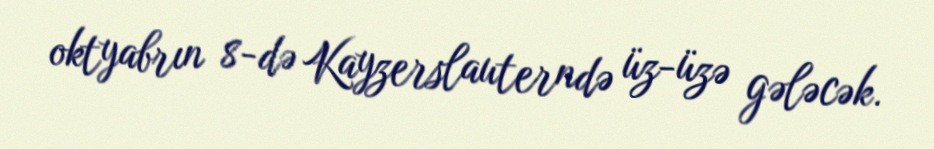
oktyabrın 8-də Kayzerslauterndə üz-üzə gələcək.